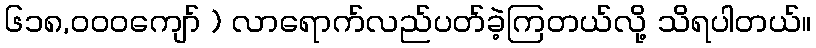
၆၁၈,၀၀၀ကျော် ) လာရောက်လည်ပတ်ခဲ့ကြတယ်လို့ သိရပါတယ်။